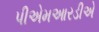
પીએમઆરડીએ